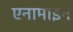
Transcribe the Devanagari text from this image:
एनामाइन